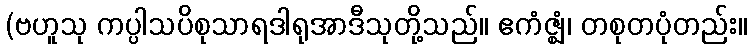
(ဗဟူသု ကပ္ပါသပိစုသာရဒါရုအာဒီသုတို့သည်။ ဧကံဇ္ဈံ၊ တစုတပုံတည်း။